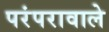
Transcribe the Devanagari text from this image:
परंपरावाले